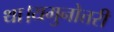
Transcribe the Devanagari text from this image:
था।यमुनोत्तरी